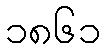
၁၈၆၁